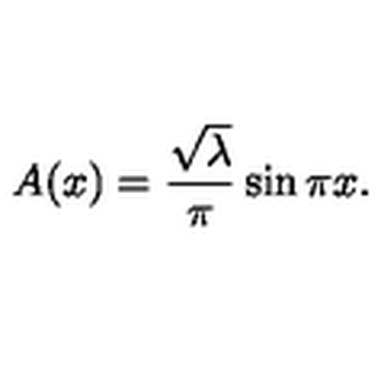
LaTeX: A ( x ) = { \frac { \sqrt \lambda } { \pi } } \sin \pi x .